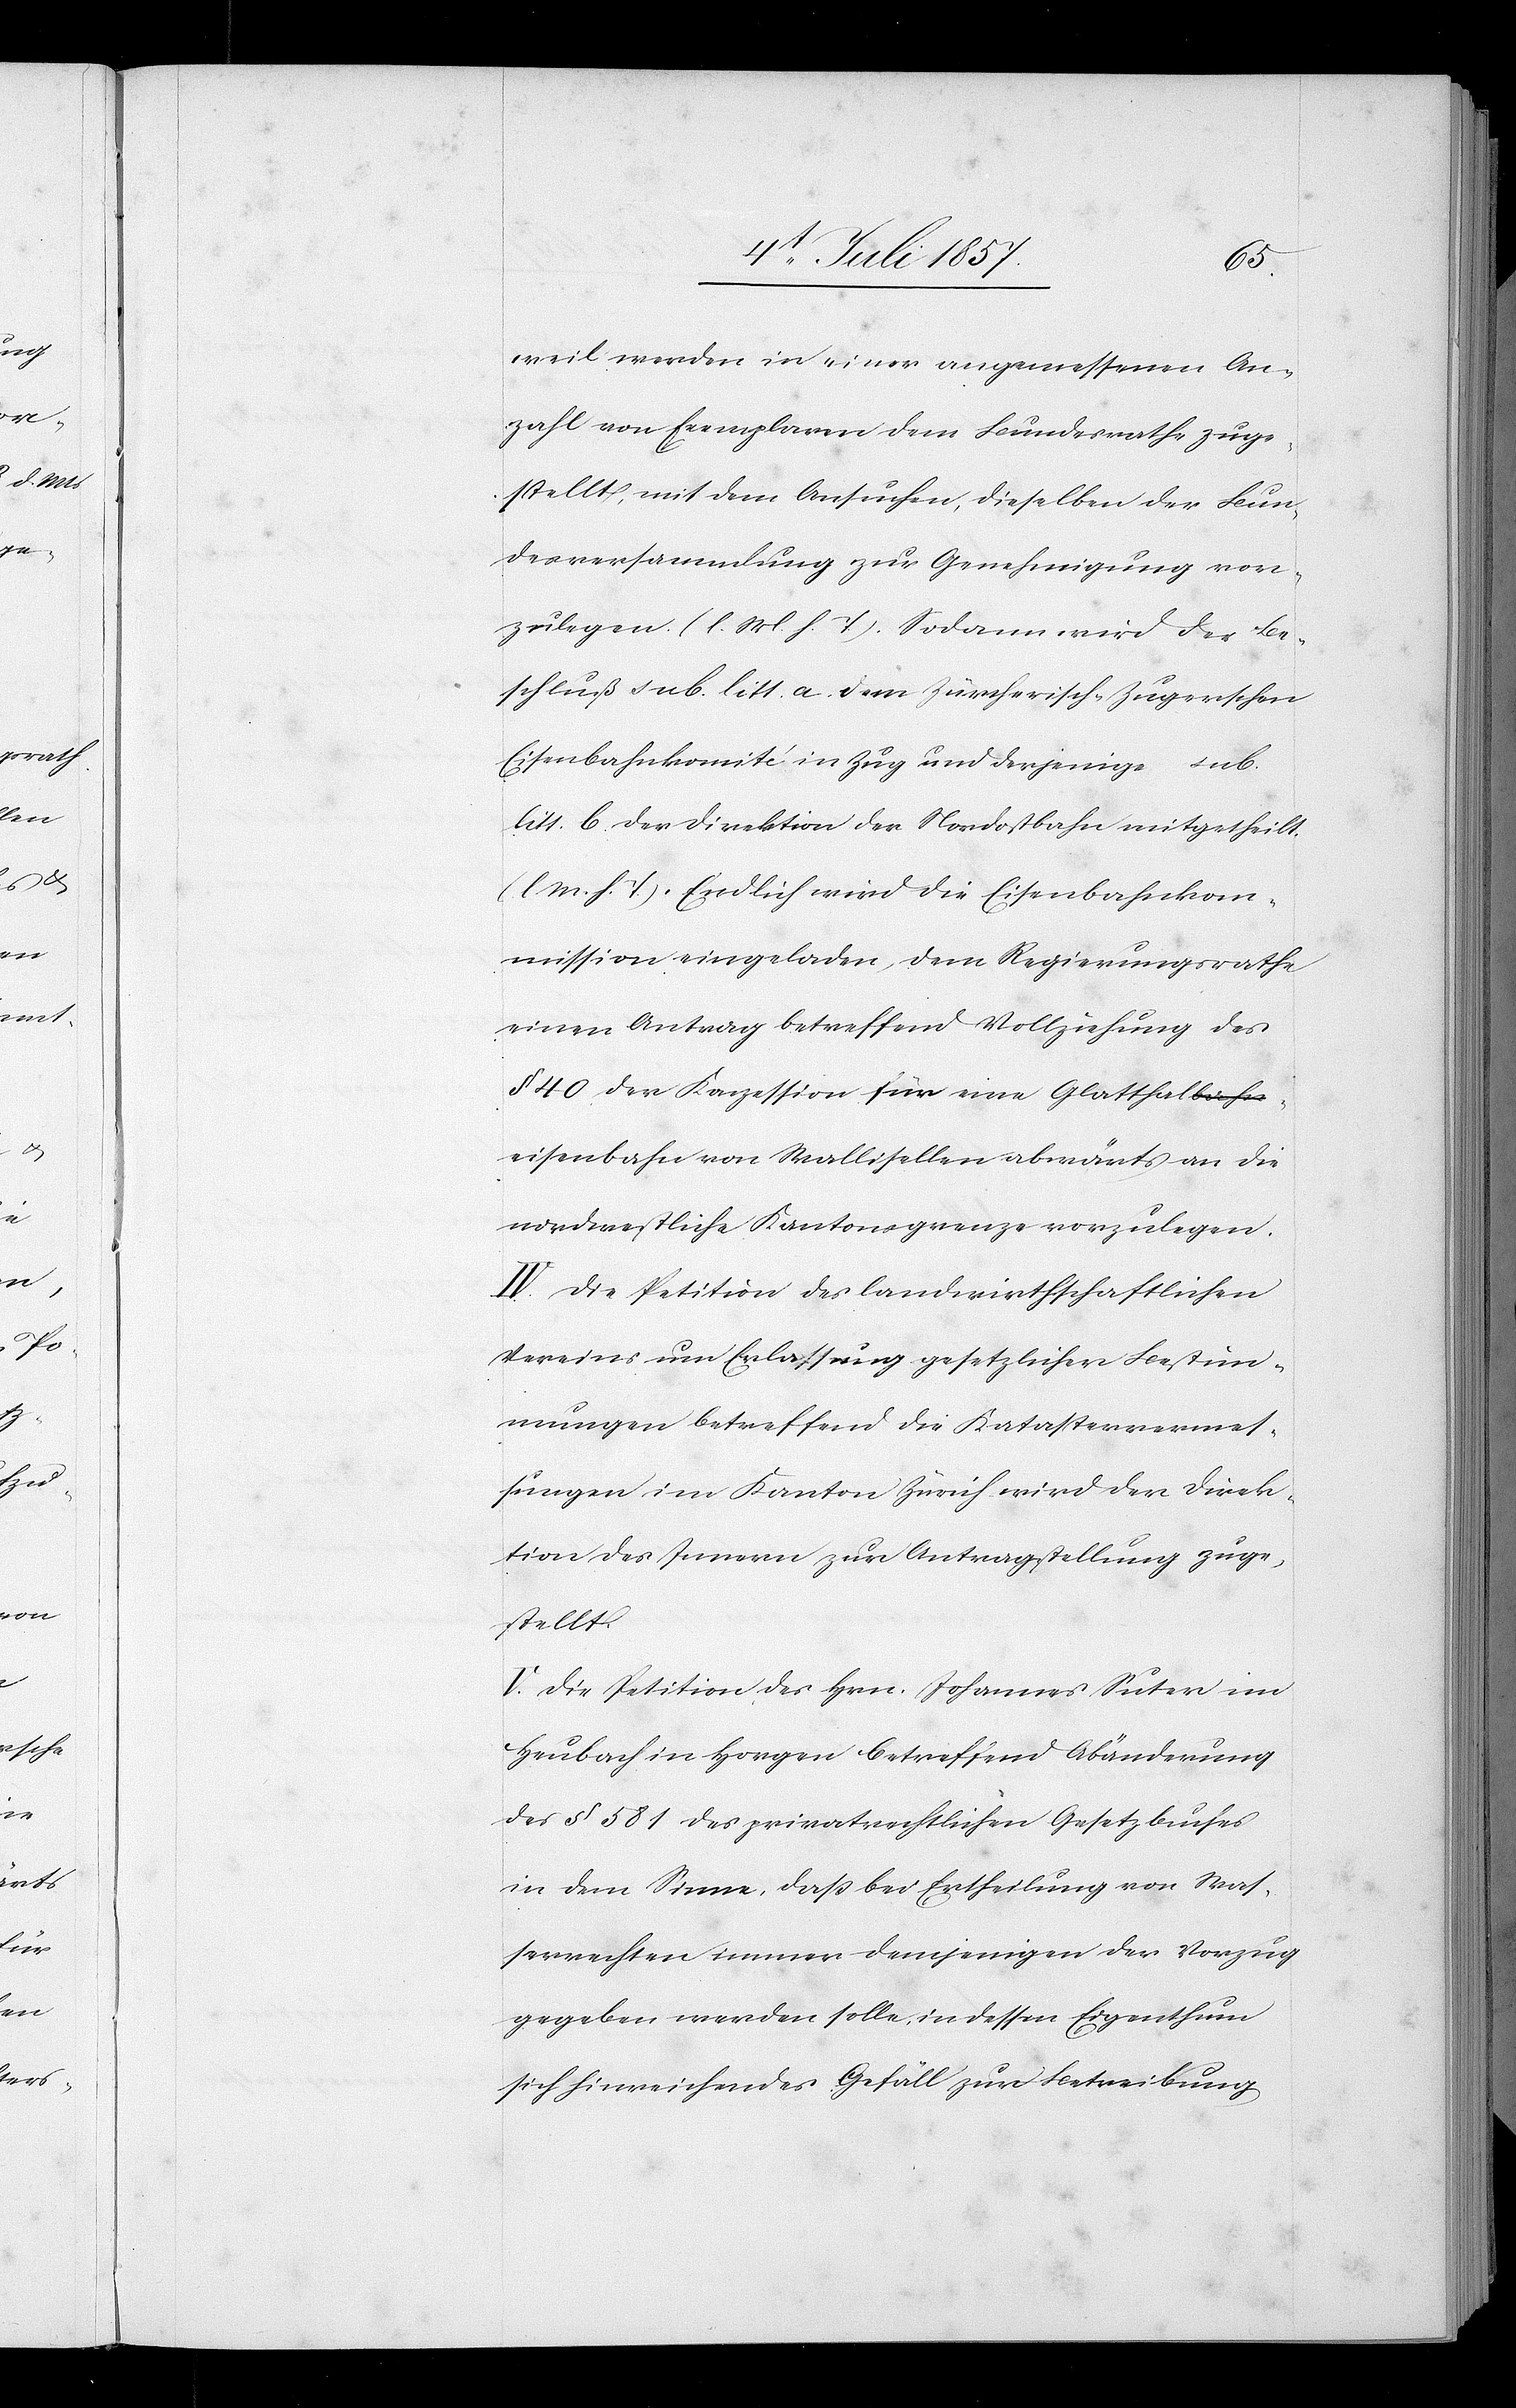
weil werden in einer angemessenen An¬
zahl von Exemplaren dem Bundesrathe zuge¬
stellt, mit dem Ansuchen, dieselben vor¬
zulegen. [l. M. h. T] Sodann wird der Be¬
schluß sub. litt. a dem Zürcherisch-Zugerschen
Eisenbahnkomité in Zug und derjenige sub.
litt. b der Direktion der Nordostbahn mitgetheilt.
[l. M. h. T] Endlich wird die Eisenbahnkom¬
mission eingeladen, dem Regierungsrathe
einen Antrag betreffend Vollziehung des
§ 40 der Konzession für eine Glatthal¬
eisenbahn von Wallisellen abwärts an die
nordwestliche Kantonsgrenze vorzulegen.
IV. Die Petition des landwirthschaftlichen
Kreises um Erlassung gesetzlicher Bestim¬
mungen betreffend die Katastervermes¬
sungen im Kanton Zürich wird der Direk¬
tion des Innern zur Antragstellung zuge¬
stellt.
V. Die Petition des Hrn. Johannes Suter im
Heubach in Horgen betreffend Abänderung
des § 581 des privatrechtlichen Gesetzbuches
in dem Sinne, daß bei Ertheilung von Was¬
serrechten immer demjenigen der Vorzug
gegeben werden solle, in dessen Eigenthum
sich hinreichendes Gefäll zur Betreibung